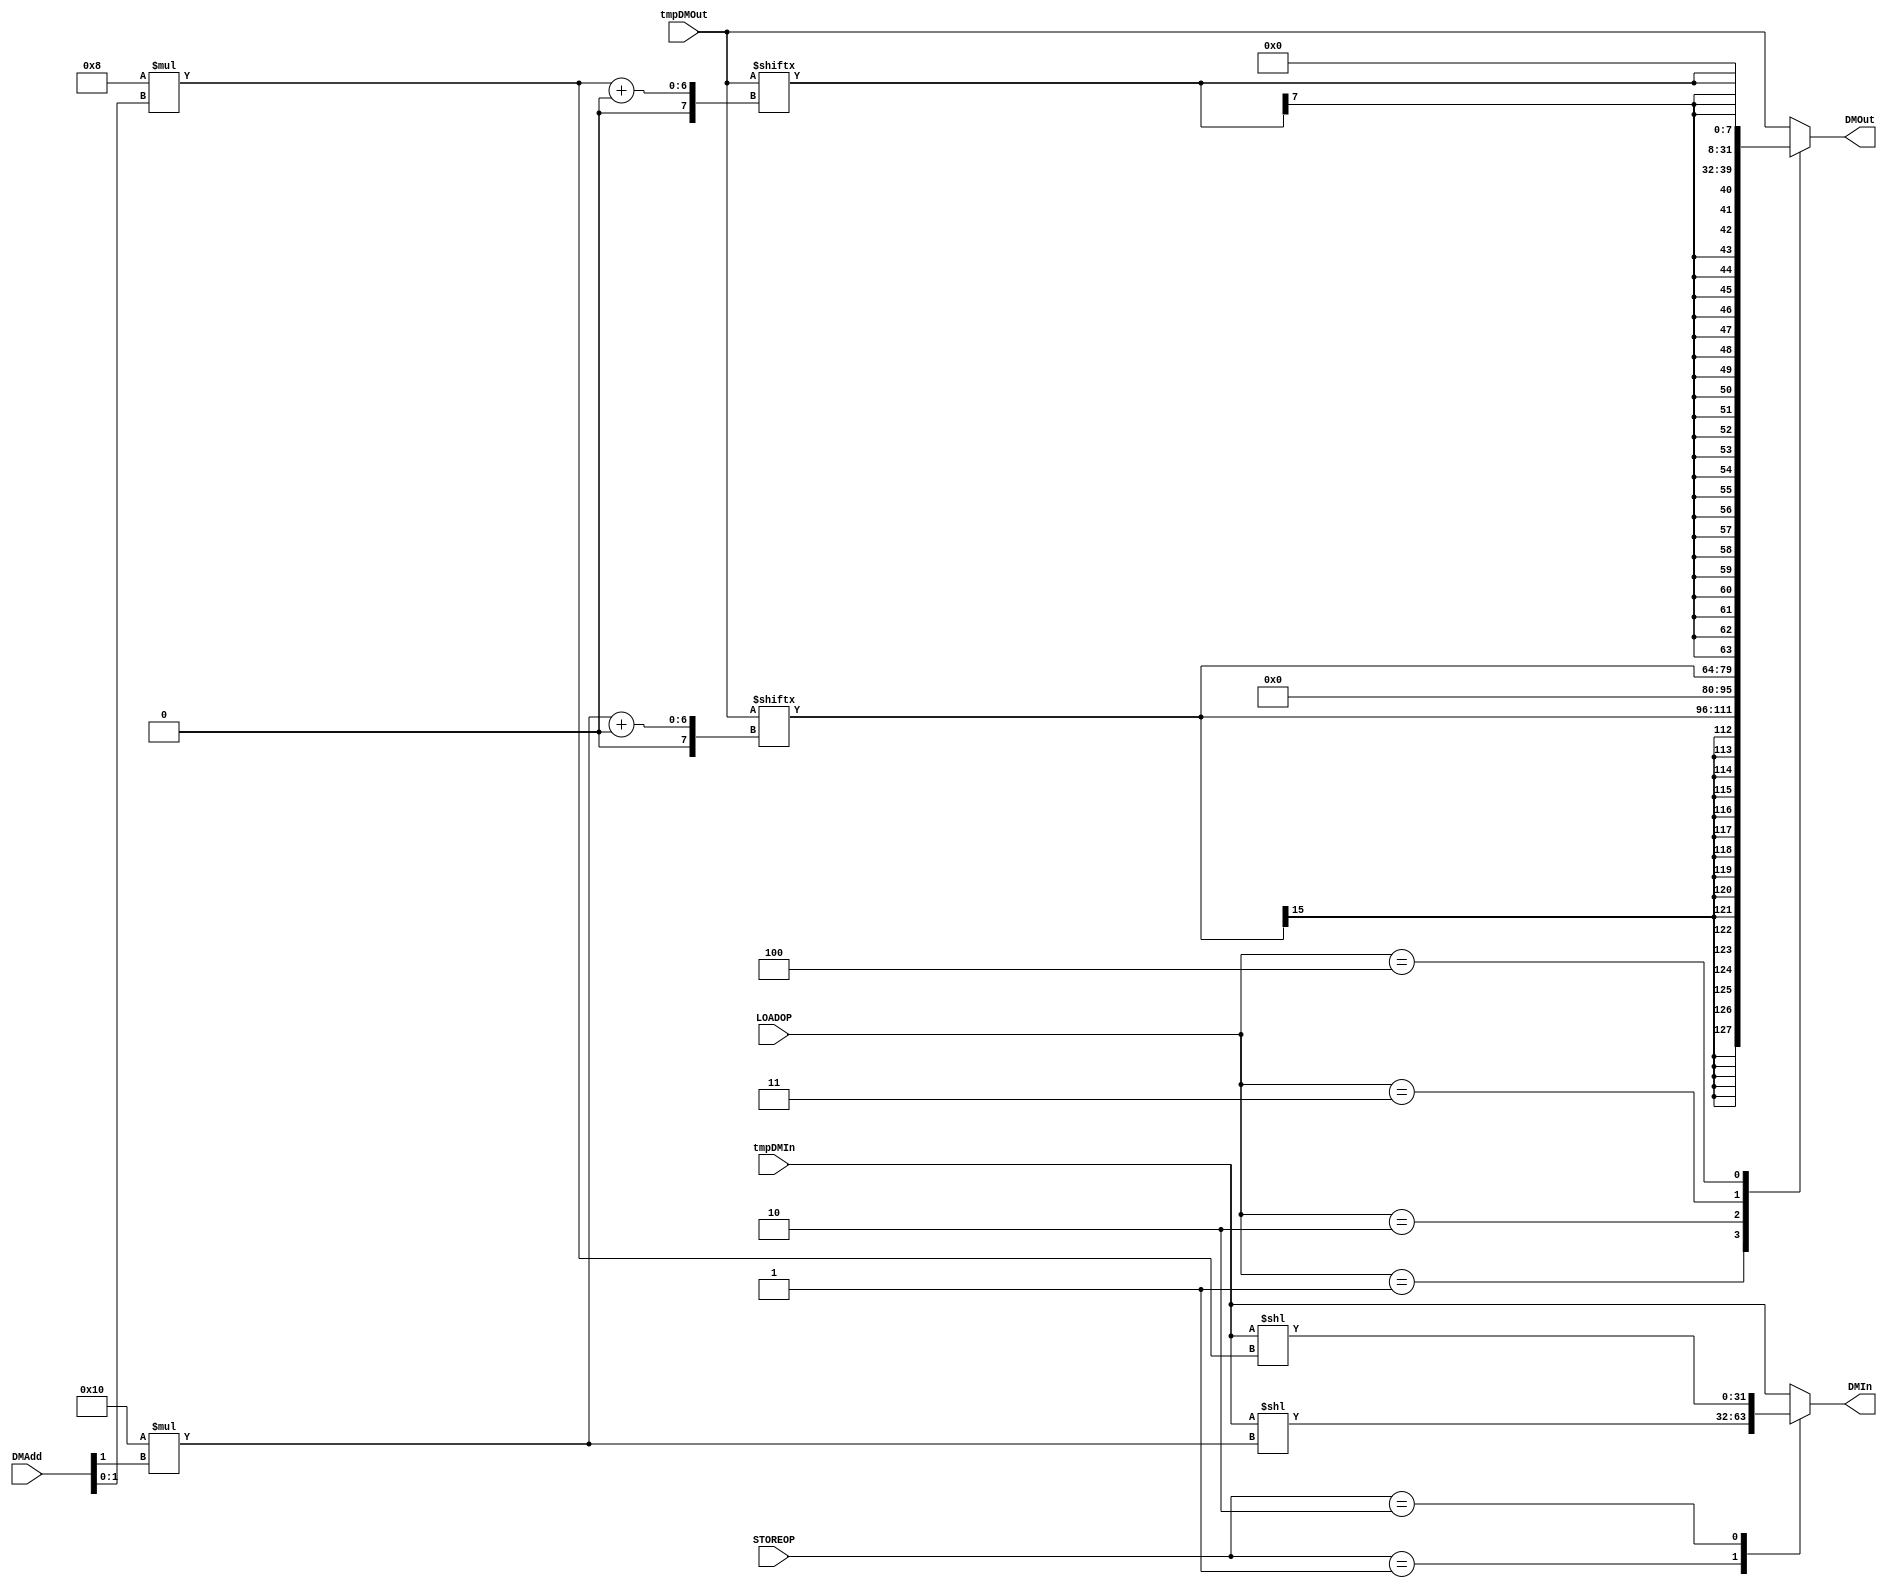
module DMI(
	input [31:0] tmpDMOut,
	input [31:0] tmpDMIn,
	input [31:0] DMAdd,
	input [3:0] LOADOP,
	input [3:0] STOREOP,
	output reg [31:0] DMOut,
	output reg [31:0] DMIn
    );

	parameter 
	LW 	= 0,
	LH 	= 1,
	LHU = 2,
	LB	= 3,
	LBU = 4;
	
	parameter
	SW	= 0,
	SH 	= 1,
	SB	= 2;
	
	wire [15:0] HalfIn = tmpDMIn[15:0];
	wire [7:0] ByteIn = tmpDMIn[7:0];
	
	wire [15:0] HalfOut = tmpDMOut[16 * DMAdd[1] +: 16];
	wire [7:0] ByteOut = tmpDMOut[8 * DMAdd[1:0] +: 8];
	
	always @(*) begin
		case(LOADOP)
			LW : DMOut = tmpDMOut;
			LH : DMOut = {{16{HalfOut[15]}}, HalfOut};
			LHU : DMOut = {16'd0, HalfOut};
			LB : DMOut = {{24{ByteOut[7]}}, ByteOut};
			LBU : DMOut = {24'd0, ByteOut};
			default : DMOut = tmpDMOut;
		endcase
	end
	
	always @(*) begin
		case(STOREOP)
			SW : DMIn = tmpDMIn;
			SH : DMIn = tmpDMIn << (16 * DMAdd[1]);
			SB : DMIn = tmpDMIn <<(8 * DMAdd[1:0]);
			default : DMIn = tmpDMIn;
		endcase
	end
	
endmodule